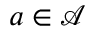
a \in { \mathcal { A } }